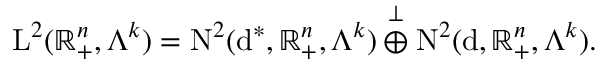
\begin{array} { r } { { \mathrm { L } } ^ { 2 } ( \mathbb { R } _ { + } ^ { n } , \Lambda ^ { k } ) = { \mathrm { N } } ^ { 2 } ( \mathrm { d } ^ { \ast } , \mathbb { R } _ { + } ^ { n } , \Lambda ^ { k } ) \overset { \perp } { \oplus } { \mathrm { N } } ^ { 2 } ( \mathrm { d } , \mathbb { R } _ { + } ^ { n } , \Lambda ^ { k } ) \mathrm { . ~ } } \end{array}